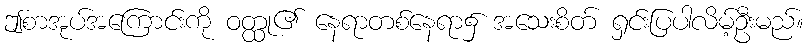
ဤစာအုပ်အကြောင်းကို ဝတ္ထု၏ နေရာတစ်နေရာ၌ အသေးစိတ် ရှင်းပြပါလိမ့်ဦးမည်။